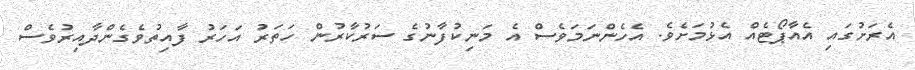
އެރަށުގައި އެއާޕޯޓެއް އެޅުމަށެވެ. އެހެންނަމަވެސް އެ މަނިކުފާނުގެ ސަރުކާރުން ހަތަރު އަހަރު ފާއިތުވެގެންދާއިރުވެސް